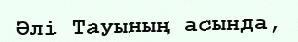
Әлі Тауының асында,